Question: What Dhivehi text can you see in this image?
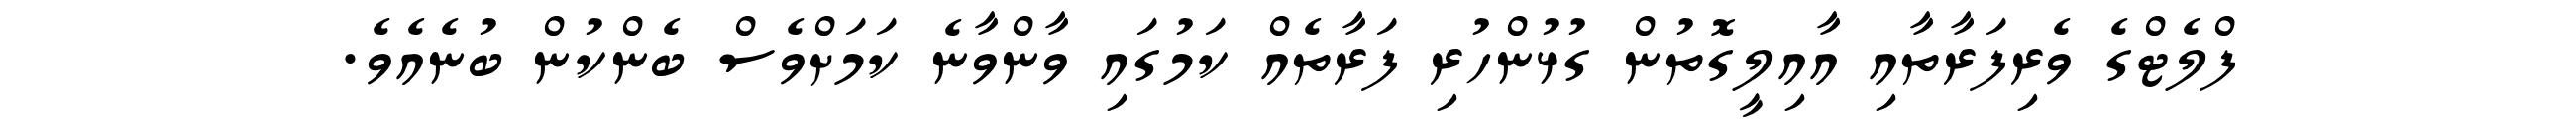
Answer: ފްލެޓްގެ ވެރިފަރާތާއި އާއިލީގޮތުން ގުޅުންހުރި ފަރާތެއް ކަމުގައި ވާންވާނެ ކަމަށްވެސް ބެންކުން ބުނެއެވެ.